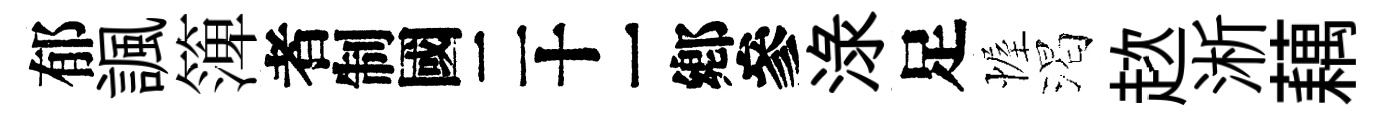
郁諷𥱼识渌足幄渴趑淅藕